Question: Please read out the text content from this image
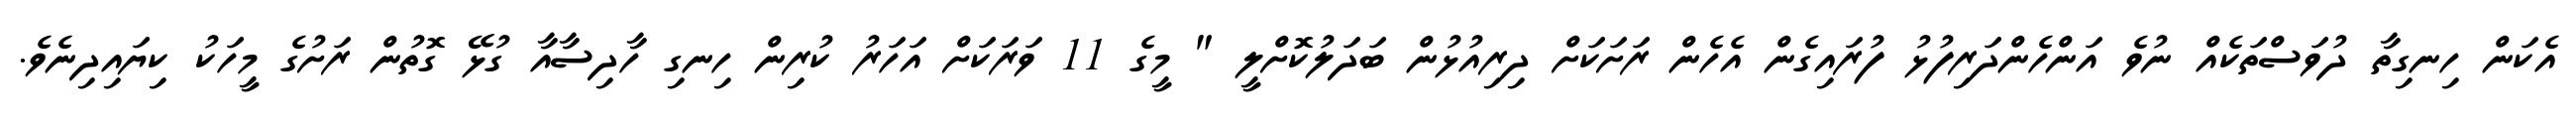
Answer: އެކަން ހިނގިތާ ދުވަސްތަކެއް ނުވެ އަންހެންދަރިފުޅު ފުރައިގެން އެހެން ރަށަކަށް ދިރިއުޅުން ބަދަލުކޮށްލީ " މީގެ 11 ވަރަކަށް އަހަރު ކުރިން ހިނގި ހާދިސާއާ ގުޅޭ ގޮތުން ރަށުގެ މީހަކު ކިޔައިދިނެވެ.